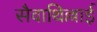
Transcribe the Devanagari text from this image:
सैवाथिल्लाई